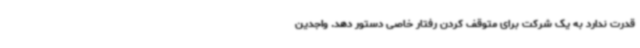
قدرت ندارد به یک شرکت برای متوقف کردن رفتار خاصی دستور دهد. واجدین